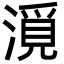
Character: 漞